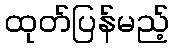
ထုတ်ပြန်မည့်